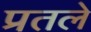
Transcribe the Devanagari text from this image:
प्रतले